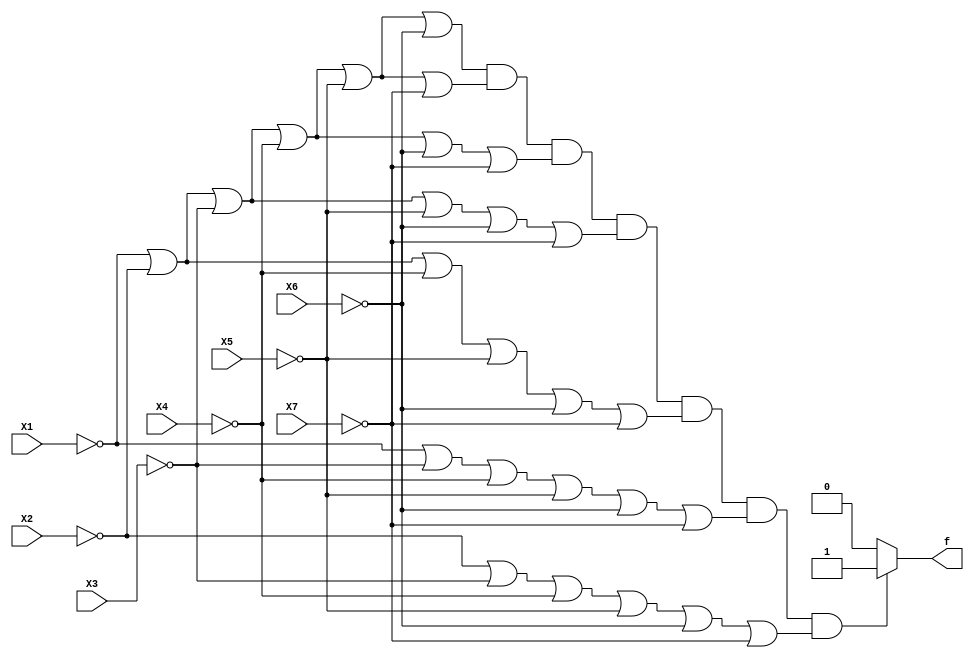
module SevenSensorsPOSProc(X1, X2, X3, X4, X5, X6, X7, f);
	input X1, X2, X3, X4, X5, X6, X7;
	output reg f;
	
	always@(X1, X2, X3, X4, X5, X6, X7)
		if ((~X1 | ~X2 | ~X3 | ~X4 | ~X5 | ~X6) & (~X1 | ~X2 | ~X3 | ~X4 | ~X5 | ~X7) & (~X1 | ~X2 | ~X3 | ~X4 | ~X6 | ~X7) & (~X1 | ~X2 | ~X3 | ~X5 | ~X6 | ~X7) & (~X1 | ~X2 | ~X4 | ~X5 | ~X6 | ~X7) & (~X1 | ~X3 | ~X4 | ~X5 | ~X6 | ~X7) & (~X2 | ~X3 | ~X4 | ~X5 | ~X6 | ~X7))
			f = 1;
		else
			f = 0;
			
endmodule